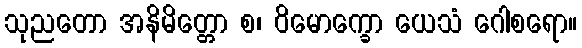
သုညတော အနိမိတ္တော စ၊ ဝိမောက္ခော ယေသံ ဂေါစရော။